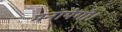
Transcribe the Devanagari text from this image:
मनायेगी।